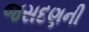
જસદણની